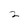
Character: 2